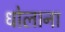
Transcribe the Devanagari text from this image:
धोलाना